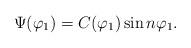
LaTeX: \begin{align*}\Psi (\varphi _1)=C(\varphi _1) \sin n \varphi _1.\end{align*}